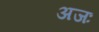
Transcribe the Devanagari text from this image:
अजः